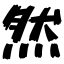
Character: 然